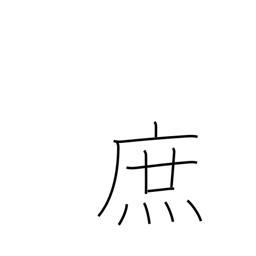
Meaning: bastard